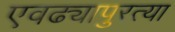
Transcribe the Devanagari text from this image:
एवढ्यापुरत्या